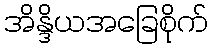
အိန္ဒိယအခြေစိုက်